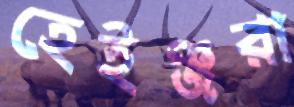
হেইঞ্জরা